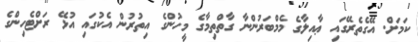
ކަމަށް. އޭގެތެރޭގައި ޢާއިލާގެ މެމްބަރުންނާ ގާތްތިމާގެ މީހުންގެ އިތުރުން އެކުގައި އުޅޭ ރަށްޓެހިންގެ